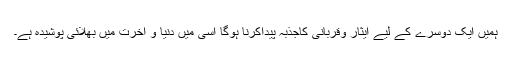
ہمیں ایک دوسرے کے لیے ایثار وقربانی کاجذبہ پیداکرنا ہوگا اسی میں دنیا و آخرت میں بھلائی پوشیدہ ہے۔